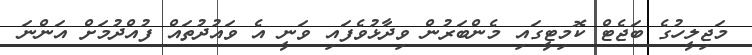
މަޖިލީހުގެ ބަޖެޓް ކޮމިޓީގައި މެންބަރުން ވިދާޅުވެފައި ވަނީ އެ ވައުދުތައް ފުއްދުމަށް އަންނަ